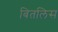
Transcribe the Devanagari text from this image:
बितलिस